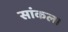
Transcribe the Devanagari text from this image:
सांकल।